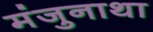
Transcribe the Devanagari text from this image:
मंजुनाथा